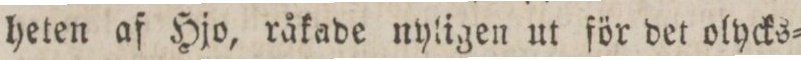
heten af Hjo, råkade nytigen ut för det olycks=